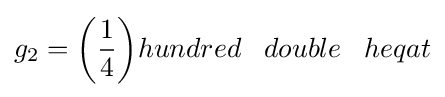
g_{2}={\bigg (}{\frac {1}{4}}{\bigg )}hundred\;\;\;double\;\;\;heqat